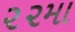
૨૨મા